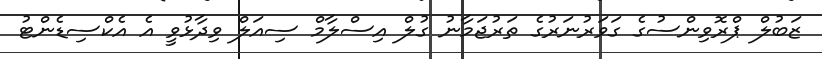
ޒަބުލް ޕްރޮވިންސުގެ ގަވަރުނަރުގެ ތަރުޖަމާނު ގުލް އިސްލާމް ސިއަލް ވިދާޅުވީ އެ އެކްސިޑެންޓު